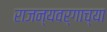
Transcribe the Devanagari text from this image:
राजन्यवर्गाच्या